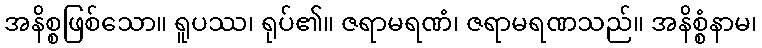
အနိစ္စဖြစ်သော။ ရူပဿ၊ ရုပ်၏။ ဇရာမရဏံ၊ ဇရာမရဏသည်။ အနိစ္စံနာမ၊